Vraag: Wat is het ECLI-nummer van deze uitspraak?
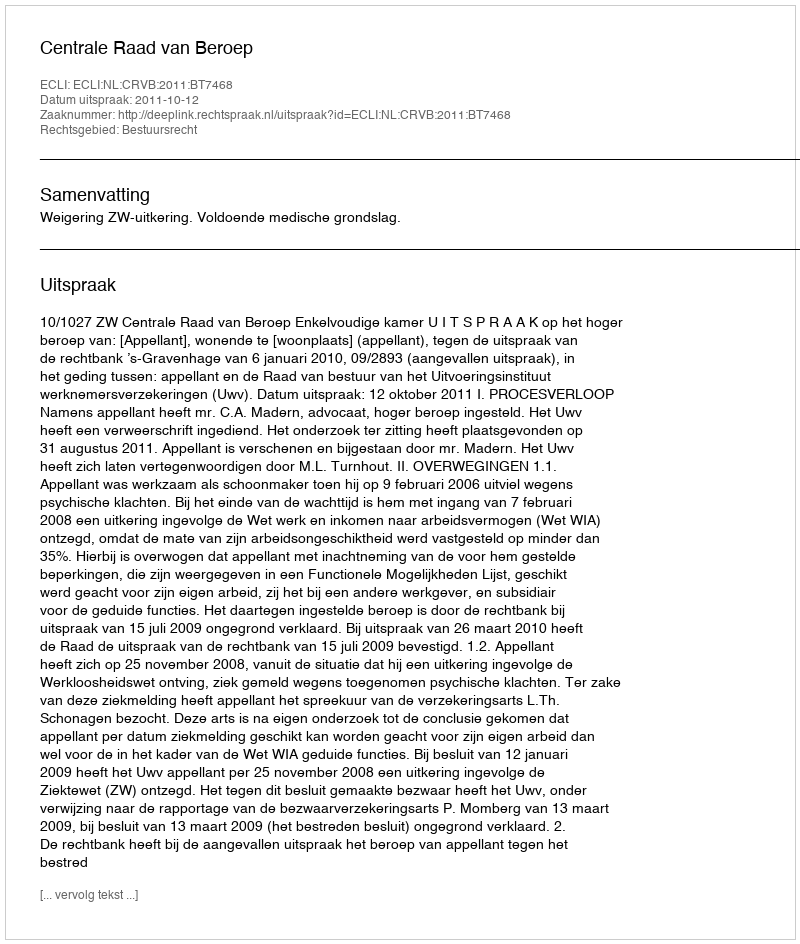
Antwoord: ECLI:NL:CRVB:2011:BT7468